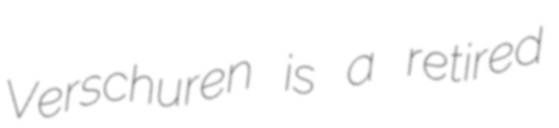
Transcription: Verschuren is a retired